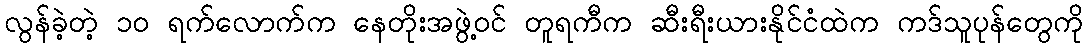
လွန်ခဲ့တဲ့ ၁၀ ရက်လောက်က နေတိုးအဖွဲ့ဝင် တူရကီက ဆီးရီးယားနိုင်ငံထဲက ကဒ်သူပုန်တွေကို